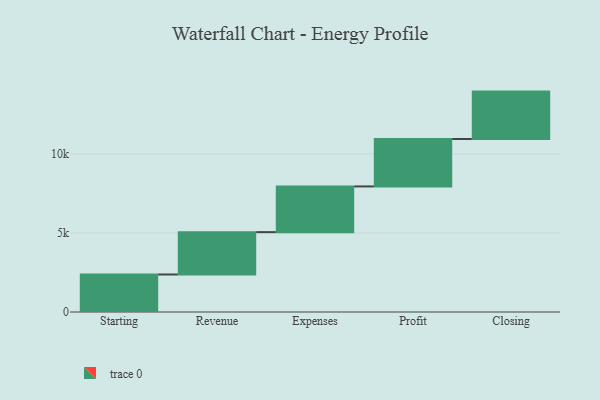
{"axis": {"x": "Step", "y": "Value"}, "legend": [""], "data": [{"x": "Starting", "y": 2374.0, "type": ""}, {"x": "Revenue", "y": 2679.0, "type": ""}, {"x": "Expenses", "y": 2893.0, "type": ""}, {"x": "Profit", "y": 3000, "type": ""}, {"x": "Closing", "y": 3000, "type": ""}]}